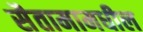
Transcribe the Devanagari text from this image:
सैतामामधील